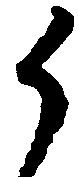
御